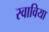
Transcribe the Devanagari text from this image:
स्वाविया